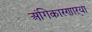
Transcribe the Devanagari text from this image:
अंगिकारणाऱ्या